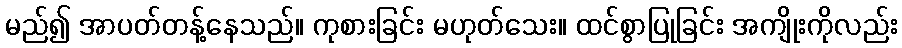
မည်၍ အာပတ်တန့်နေသည်။ ကုစားခြင်း မဟုတ်သေး။ ထင်စွာပြုခြင်း အကျိုးကိုလည်း